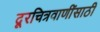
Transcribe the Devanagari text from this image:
दूरचित्रवाणींसाठी